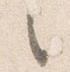
之